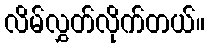
လိမ်လွှတ်လိုက်တယ်။